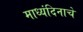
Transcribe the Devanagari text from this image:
माध्यंदिनाचे